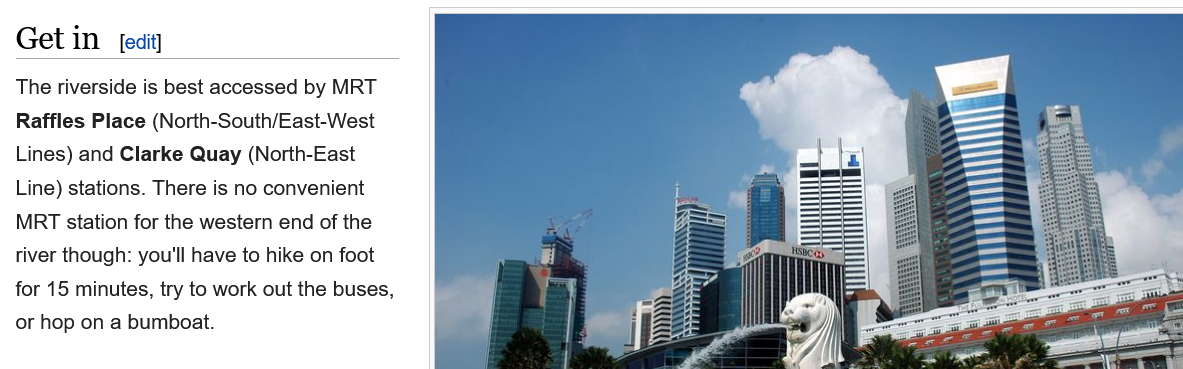
ASS
     A
  Get  in  [edit]
  The riverside is best accessed by MRT
  Raffles Place (North-South/East-West
  Lines) and Clarke Quay (North-East
  Line) stations. There is no convenient
  MRT station for the western end of the
  river though: you'll have to hike on foot
  for 15 minutes, try to work out the buses,
  or hop on a bumboat.